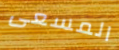
المسعى